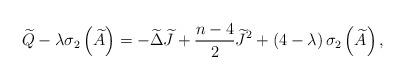
LaTeX: \begin{align*}\widetilde{Q}-\lambda \sigma _{2}\left( \widetilde{A}\right) =-\widetilde{\Delta }\widetilde{J}+\frac{n-4}{2}\widetilde{J}^{2}+\left( 4-\lambda\right) \sigma _{2}\left( \widetilde{A}\right) , \end{align*}